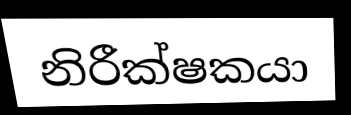
නිරීක්ෂකයා